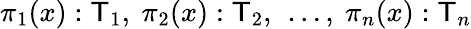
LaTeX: \pi_{1}(x):{\mathsf{T}}_{1},~\pi_{2}(x):{\mathsf{T}}_{2},~\ldots,~\pi_{n}(x):{\mathsf{T}}_{n}